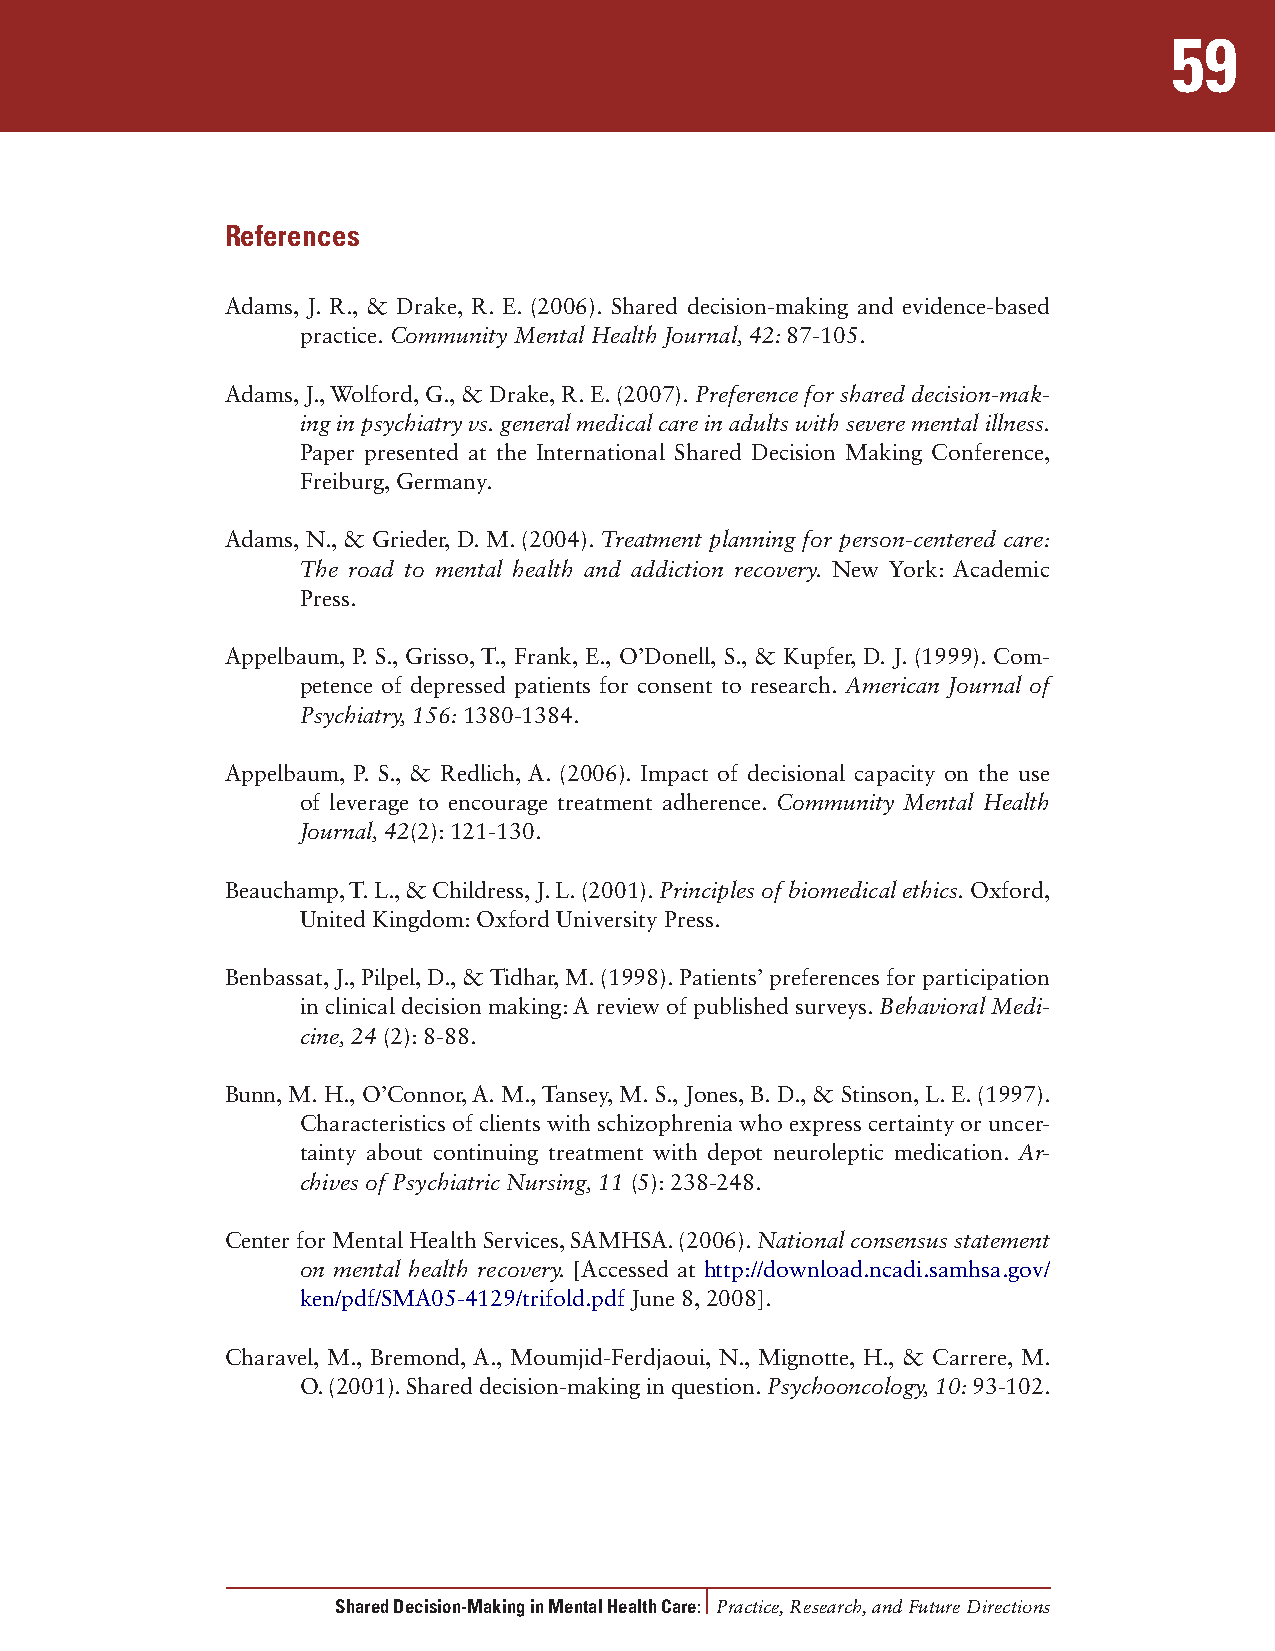
59
 References
 Adams, J. R., & Drake, R. E. (2006). Shared decision-making and evidence-based
 practice. Community Mental Health Journal, 42: 87-105.
 Adams, J., Wolford, G., & Drake, R. E. (2007). Preference for shared decision-mak-
 ing in psychiatry vs. general medical care in adults with severe mental illness.
 Paper presented at the International Shared Decision Making Conference,
 Freiburg, Germany.
 Adams, N., & Grieder, D. M. (2004). Treatment planning for person-centered care:
 The road to mental health and addiction recovery. New York: Academic
 Press.
 Appelbaum, P. S., Grisso, T., Frank, E., O’Donell, S., & Kupfer, D. J. (1999). Com-
 petence of depressed patients for consent to research. American Journal of
 Psychiatry, 156: 1380-1384.
 Appelbaum, P. S., & Redlich, A. (2006). Impact of decisional capacity on the use
 of leverage to encourage treatment adherence. Community Mental Health
 Journal, 42(2): 121-130.
 Beauchamp, T. L., & Childress, J. L. (2001). Principles of biomedical ethics. Oxford,
 United Kingdom: Oxford University Press.
 Benbassat, J., Pilpel, D., & Tidhar, M. (1998). Patients’ preferences for participation
 in clinical decision making: A review of published surveys. Behavioral Medi-
 cine, 24 (2): 8-88.
 Bunn, M. H., O’Connor, A. M., Tansey, M. S., Jones, B. D., & Stinson, L. E. (1997).
 Characteristics of clients with schizophrenia who express certainty or uncer-
 tainty about continuing treatment with depot neuroleptic medication. Ar-
 chives of Psychiatric Nursing, 11 (5): 238-248.
 Center for Mental Health Services, SAMHSA. (2006). National consensus statement
 on mental health recovery. [Accessed at http://download.ncadi.samhsa.gov/
 ken/pdf/SMA05-4129/trifold.pdf June 8, 2008].
 Charavel, M., Bremond, A., Moumjid-Ferdjaoui, N., Mignotte, H., & Carrere, M.
 O. (2001). Shared decision-making in question. Psychooncology, 10: 93-102.
 Shared Decision-Making in Mental Health Care: Practice, Research, and Future Directions